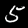
Digit: 5